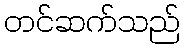
တင်ဆက်သည်